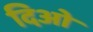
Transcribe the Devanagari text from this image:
दिओ